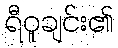
ရီဝူချင်း၏